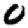
Digit: 0